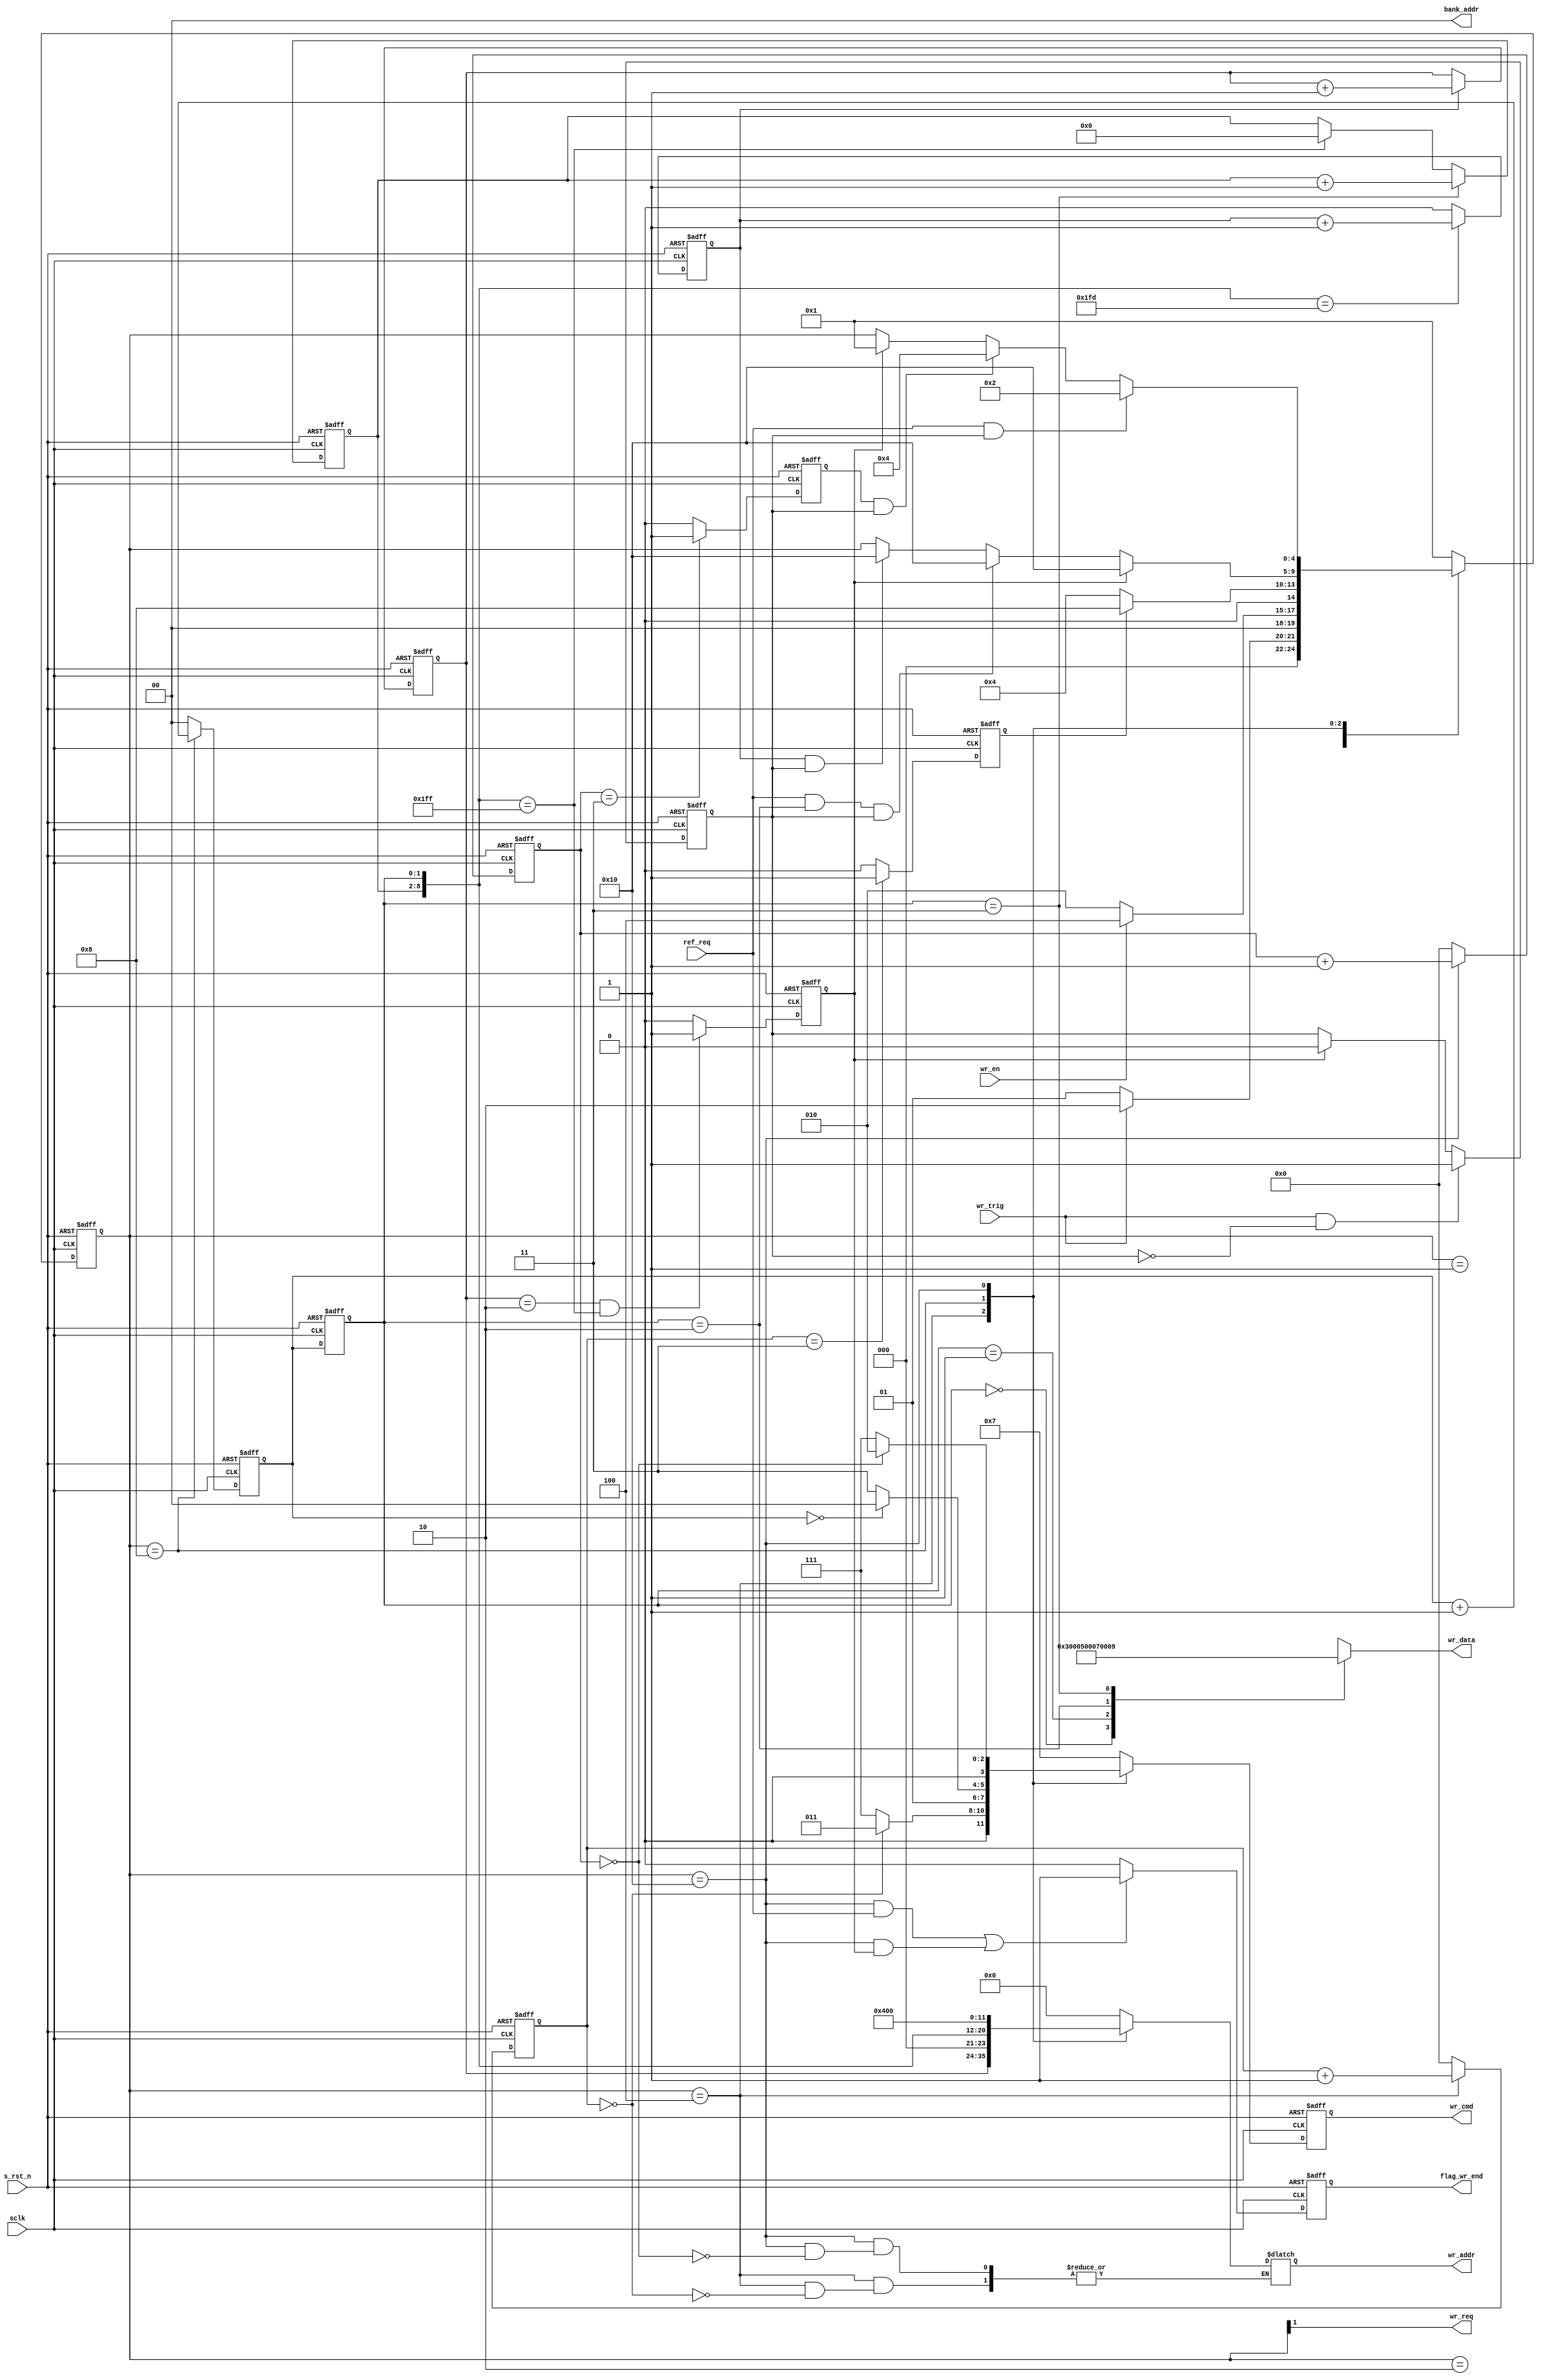
module sdram_write (
    input sclk,
    input s_rst_n,
    input wr_en,
    output wr_req,
    output reg flag_wr_end,
    input ref_req,
    input wr_trig,
    output reg [3:0] wr_cmd,
    output reg [11:0] wr_addr,
    output [1:0] bank_addr,
    output reg [15:0] wr_data
);

localparam reg[4:0] S_IDLE = 5'b00001;
localparam reg[4:0] S_REQ = 5'b00010;
localparam reg[4:0] S_ACT = 5'b00100;
localparam reg[4:0] S_WR = 5'b01000;
localparam reg[4:0] S_PRE = 5'b10000;

localparam reg[3:0] CMD_NOP = 4'b0111;
localparam reg[3:0] CMD_PRE = 4'b0010;
localparam reg[3:0] CMD_AREF = 4'b0001;
localparam reg[3:0] CMD_ACT = 4'b0011;
localparam reg[3:0] CMD_WR = 4'b0100;

reg flag_wr;
reg [4:0] state;
reg flag_act_end;
reg flag_pre_end;
reg sd_row_end;
reg [1:0] burst_cnt, burst_cnt_t;
reg wr_data_end;

reg [3:0] act_cnt;
reg [3:0] break_cnt;
reg [6:0] col_cnt;
reg [11:0] row_addr;
wire [8:0] col_addr;

always @(posedge sclk or negedge s_rst_n) begin
    if (!s_rst_n)
        flag_wr <= 'b0;
    else if (wr_trig && !flag_wr)
        flag_wr <= 'b1;
    else if (wr_data_end)
        flag_wr <= 'b0;
end

always @(posedge sclk or negedge s_rst_n) begin
    if (!s_rst_n)
        state <= S_IDLE;
    else case (state)
        S_IDLE:
            if (wr_trig)
                state <= S_REQ;
            else
                state <= S_IDLE;
        S_REQ:
            if (wr_en)
                state <= S_ACT;
            else
                state <= S_REQ;
        S_ACT:
            if (flag_act_end)
                state <= S_WR;
            else
                state <= S_ACT;
        S_WR:
            if (wr_data_end)
                state <= S_PRE;
            else if (ref_req && burst_cnt_t == 'd2 && flag_wr)
                state <= S_PRE;
            else if (sd_row_end && flag_wr)
                state <= S_PRE;
        S_PRE:
            if (ref_req && flag_wr)
                state <= S_REQ;
            else if (flag_pre_end && flag_wr)
                state <= S_ACT;
            else if (wr_data_end)
                state <= S_IDLE;
        default:
            state <= S_IDLE;
    endcase
end

always @(posedge sclk or negedge s_rst_n) begin
    if (!s_rst_n)
        flag_act_end <= 'b0;
    else if (act_cnt == 'd3)
        flag_act_end <= 'b1;
    else
        flag_act_end <= 'b0;
end

always @(posedge sclk or negedge s_rst_n) begin
    if (!s_rst_n)
        act_cnt <= 'b0;
    else if (state == S_ACT)
        act_cnt <= act_cnt + 'b1;
    else
        act_cnt <= 'b0;
end

always @(posedge sclk or negedge s_rst_n) begin
    if (!s_rst_n)
        burst_cnt <= 'b0;
    else if (state == S_WR)
        burst_cnt <= burst_cnt + 'b1;
    else
        burst_cnt <= 'b0;
end

always@(posedge sclk or negedge s_rst_n) begin
    if (!s_rst_n)
        burst_cnt_t <= 'b0;
    else
        burst_cnt_t <= burst_cnt;
end

always @(posedge sclk or negedge s_rst_n) begin
    if (!s_rst_n)
        flag_pre_end <= 'b0;
    else if (break_cnt == 'd3)
        flag_pre_end <= 'b1;
    else
        flag_pre_end <= 'b0;
end

always @(posedge sclk or negedge s_rst_n) begin
    if (!s_rst_n)
        flag_wr_end <= 'b0;
    else if ((state == S_PRE && ref_req) // Refesh
            || (state == S_PRE && wr_data_end))
        flag_wr_end <= 'b1;
    else
        flag_wr_end <= 'b0;
end

always @(posedge sclk or negedge s_rst_n) begin
    if (!s_rst_n)
        break_cnt <= 'b0;
    else if (state == S_PRE)
        break_cnt <= break_cnt + 'b1;
    else
        break_cnt <= 'b0;
end

always @(posedge sclk or negedge s_rst_n) begin
    if (!s_rst_n)
        wr_data_end <= 'b0;
    else if (row_addr == 'd2 && col_addr == 'd511)
        wr_data_end <= 'b1;
    else
        wr_data_end <= 'b0;
end

always @(posedge sclk or negedge s_rst_n) begin
    if (!s_rst_n)
        col_cnt <= 'b0;
    else if (burst_cnt_t == 'd3)
        col_cnt <= col_cnt + 'b1;
    else if (col_addr == 'd511)
        col_cnt <= 'b0;
end

always @(posedge sclk or negedge s_rst_n) begin
    if (!s_rst_n)
        row_addr <= 'b0;
    else if (sd_row_end)
        row_addr <= row_addr + 'b1;
end

always @(posedge sclk or negedge s_rst_n) begin
    if (!s_rst_n)
        sd_row_end <= 'b0;
    else if (col_addr == 'd509)
        sd_row_end <= sd_row_end + 'b1;
    else
        sd_row_end <= 'b0;
end

always @(posedge sclk or negedge s_rst_n) begin
    if (!s_rst_n)
        wr_cmd <= CMD_NOP;
    else case (state)
        S_ACT:
            if (act_cnt == 'b0)
                wr_cmd <= CMD_ACT;
            else
                wr_cmd <= CMD_NOP;
        S_WR:
            if (burst_cnt == 'b0)
                wr_cmd <= CMD_WR;
            else
                wr_cmd <= CMD_NOP;
        S_PRE:
            if (break_cnt == 'b0)
                wr_cmd <= CMD_PRE;
            else
                wr_cmd <= CMD_NOP;
        default:
            wr_cmd <= CMD_NOP;
    endcase
end

always @(*) begin
    case (state)
        S_ACT:
            if (act_cnt == 'b0)
                wr_addr = row_addr;
        S_WR:
            wr_addr = {3'b000, col_addr}; // A10 = 0, no auto precharge
        S_PRE:
            if (break_cnt == 'b0)
                wr_addr = 12'b0100_0000_0000;
        default:
            wr_addr = 'b0;
    endcase
end

assign bank_addr = 'b0;
assign col_addr = {col_cnt, burst_cnt_t};
assign wr_req = state[1]; // state == S_REQ;

always @(*) begin
    case (burst_cnt_t)
        0: wr_data = 'd3;
        1: wr_data = 'd5;
        2: wr_data = 'd7;
        3: wr_data = 'd9;
        default: wr_data = 'd0;
    endcase
end

endmodule